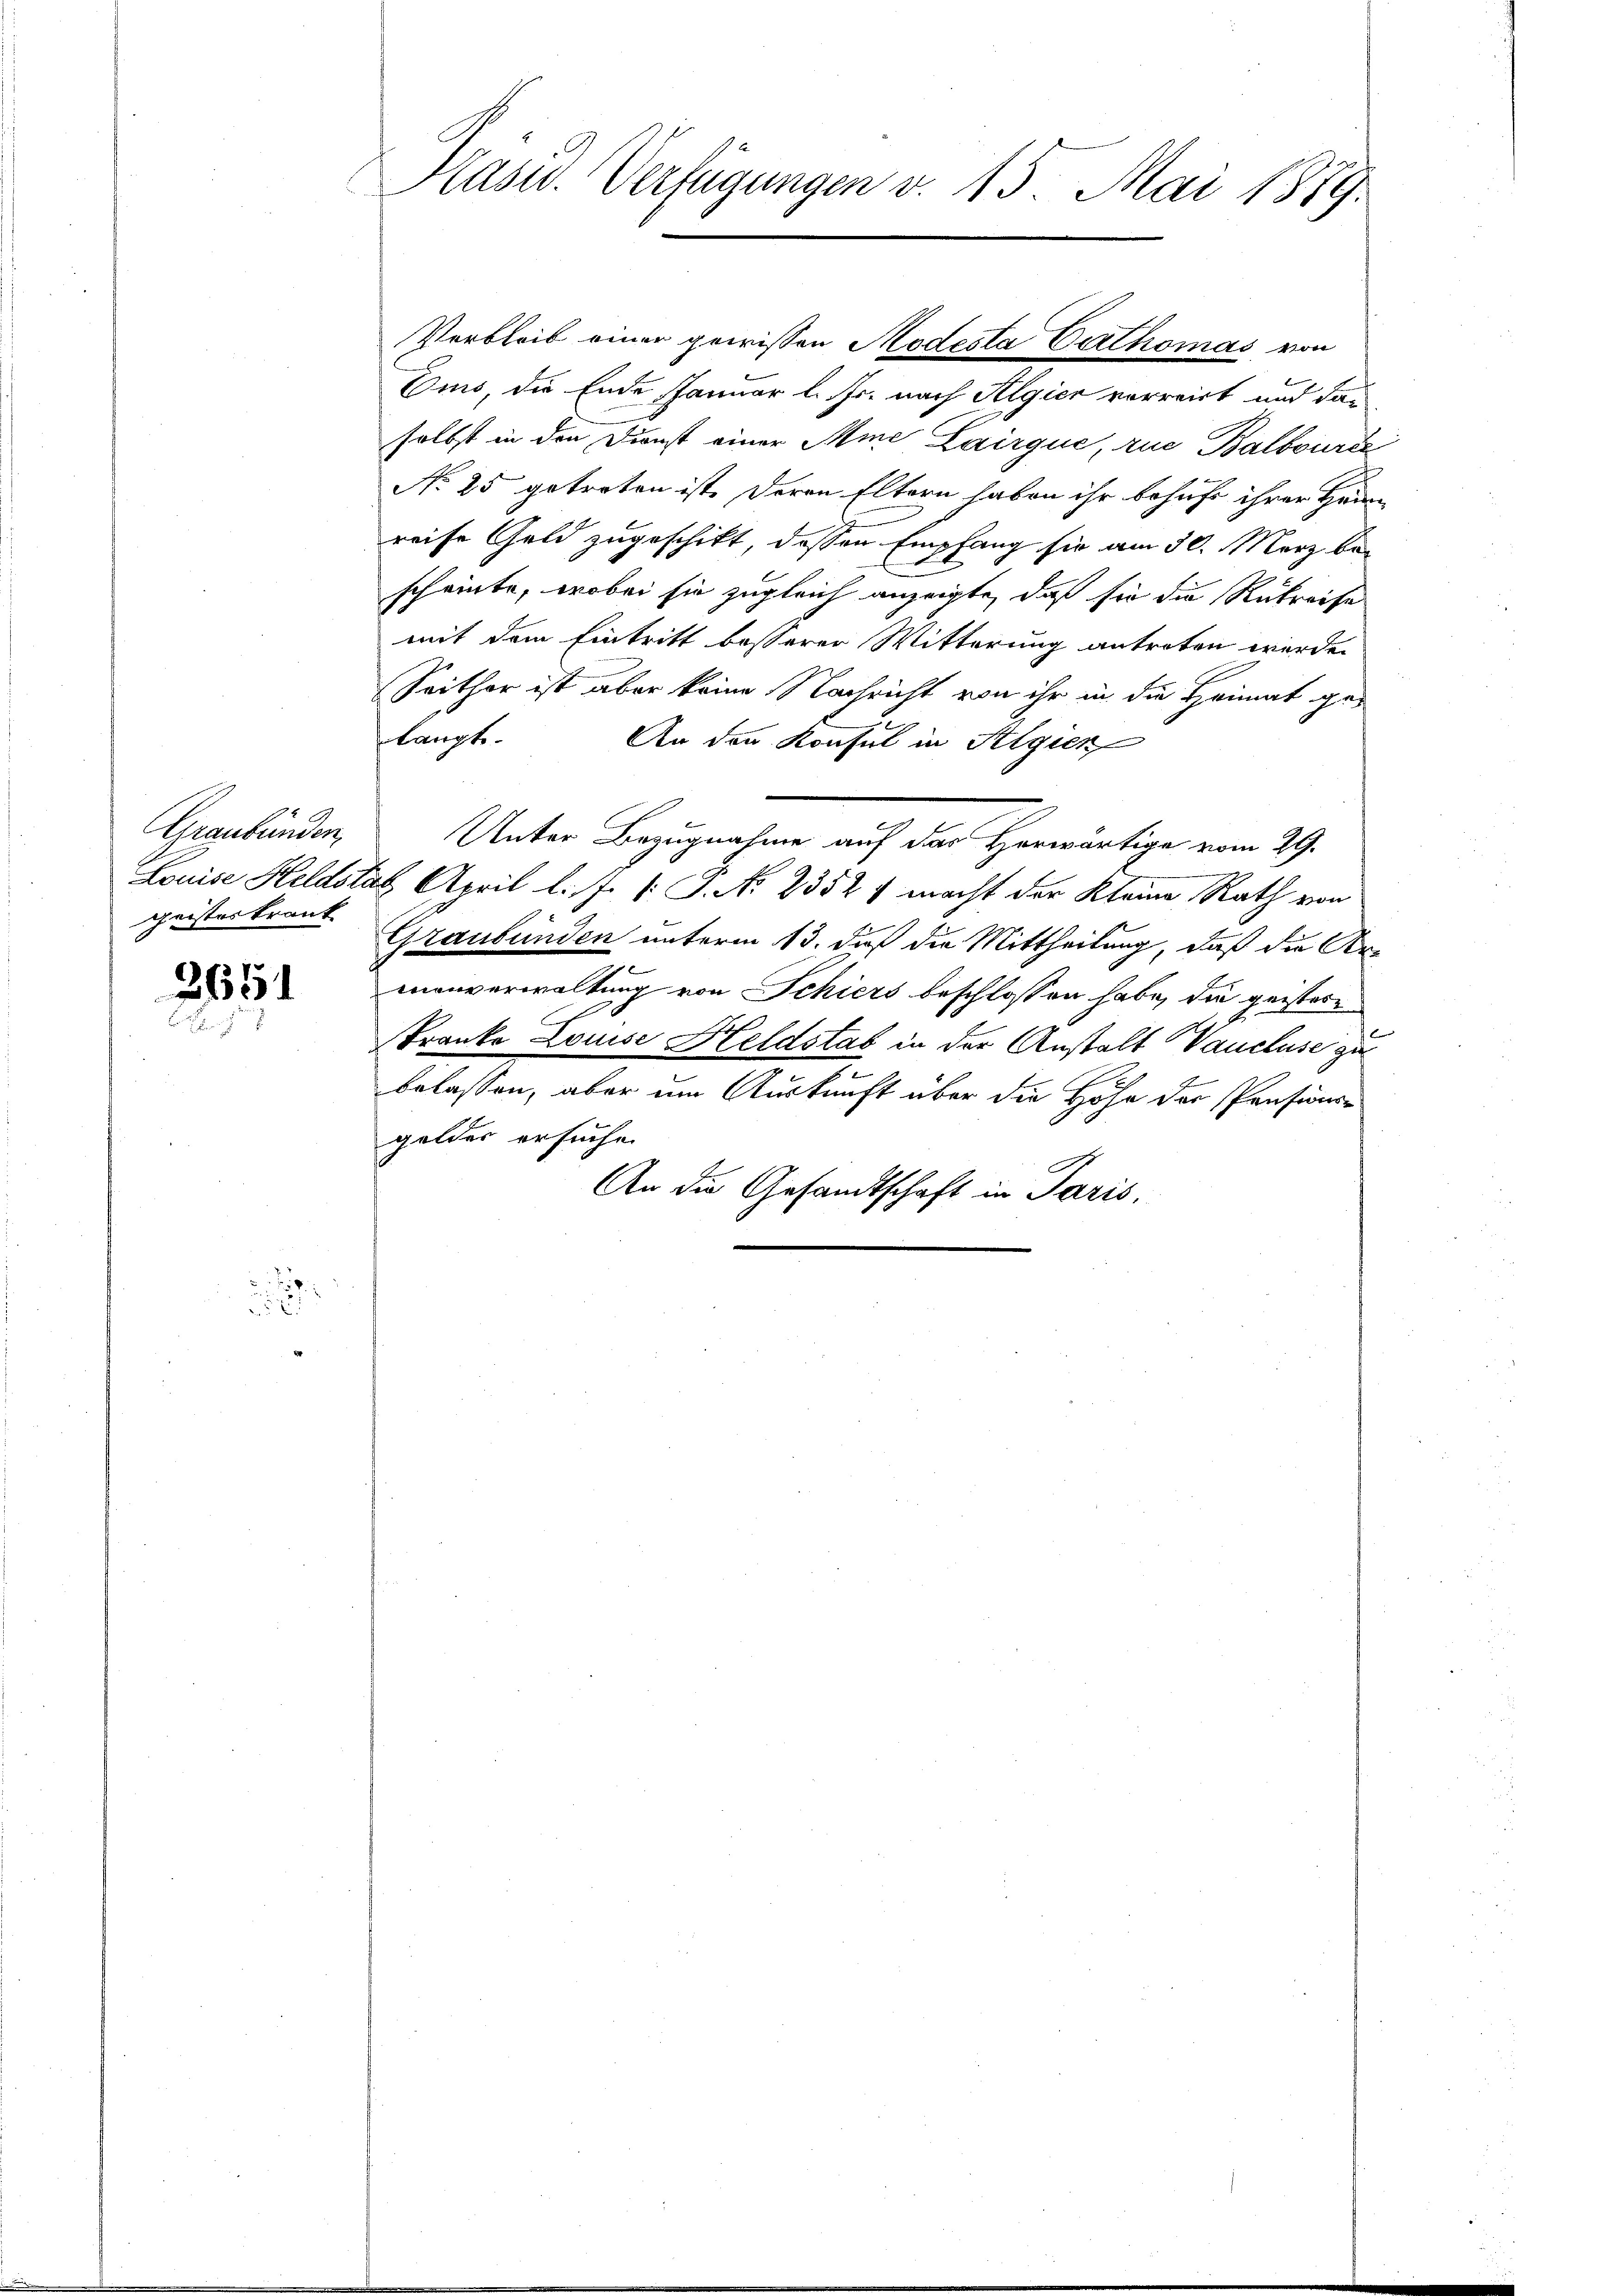
Graubünden,
geistes trank

2691

d

Präsid. Verfügungen v. 15. Mai 1889.

Verbleib einer gewissen Modesta Cathomas von
Ems, die Ende Januar l. Fr. nach Algier vorreist und das
selbst in den Dienst einer Mine Lairgue, rue Balbourde
No 25 getreten ist. Deren Eltern haben ihr behufe ihrer Heim
reise Geld zugeschikt, dessen Empfang sie am 30. März be-
scheinte, wobei sie zugleich anzeigte, daß sie die Rükreise
mit dem Eintritt besserer Witterung antreten werde.
Seither ist aber keine Nachricht von ihr in die Heimat gelangt.
An den Konsul in Algien
Unter Bezugnahme auf der Horwärtige vom 29.
Louise Heldstag April l. J. P. N. 2352 f macht der Kleine Rath von
Graubünden unterm 13. daß die Mittheilung, daß die Armanverwaltung von Schiers beschlossen habe, die geistes
Tranke Louise Heldstab in der Anstalt Vaucluse zu
belassen, aber um Auskunft über die Höhe der Pensions-
gelder ersuche.
i
An die Gesandtschaft in Paris,